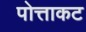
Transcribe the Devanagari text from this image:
पोत्ताकट